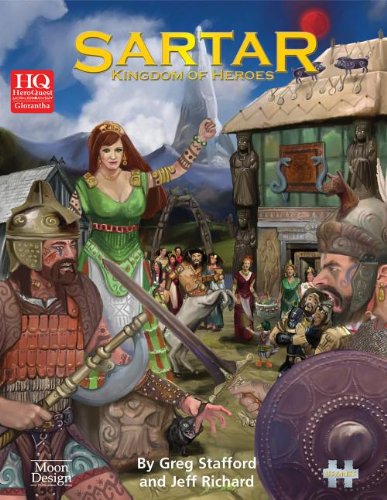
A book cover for Sartar: Kingdom of Heroes (HeroQuest Glorantha); Greg Stafford; Science Fiction & Fantasy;